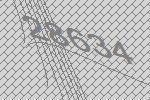
28634